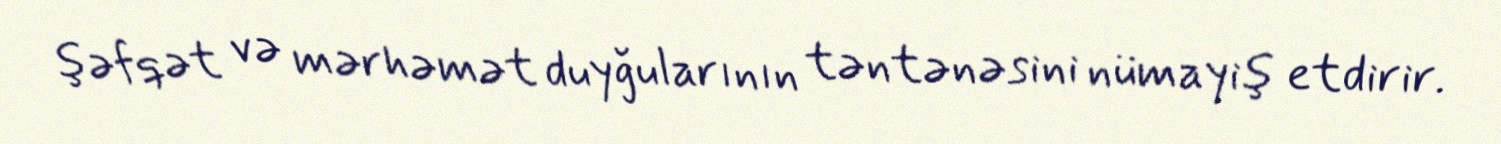
şəfqət və mərhəmət duyğularının təntənəsini nümayiş etdirir.